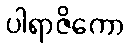
ပါရာဇိကော